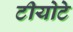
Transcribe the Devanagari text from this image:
टीयोटे